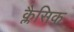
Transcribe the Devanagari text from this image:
क्लैसिक